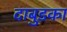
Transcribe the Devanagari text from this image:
दाबुडका